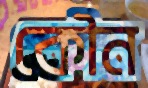
কৌন